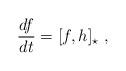
LaTeX: \begin{align*} \frac{df}{dt}=[f,h]_{\star} \ , \end{align*}